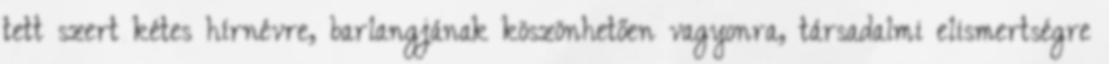
tett szert kétes hírnévre, barlangjának köszönhetően vagyonra, társadalmi elismertségre